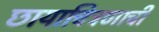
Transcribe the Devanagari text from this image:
छायाचित्रणाची